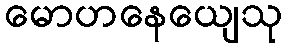
မောဟနေယျေသု